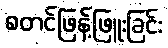
စတင်ဖြန့်ဖြူးခြင်း